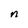
Character: n